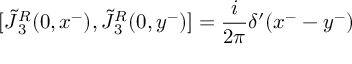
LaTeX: [ \tilde { J } { ^ { R } _ { 3 } } ( 0 , x ^ { - } ) , \tilde { J } { ^ { R } _ { 3 } } ( 0 , y ^ { - } ) ] = { \frac { i } { 2 \pi } } \delta ^ { \prime } ( x ^ { - } - y ^ { - } )